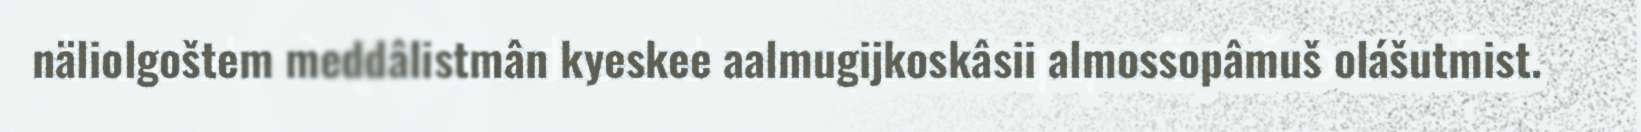
näliolgoštem meddâlistmân kyeskee aalmugijkoskâsii almossopâmuš olášutmist.